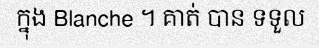
ក្នុង Blanche ។ គាត់ បាន ទទួល